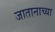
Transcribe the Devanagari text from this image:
जातानाच्या